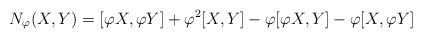
\begin{align*}N_{\varphi}(X,Y)=[\varphi X,\varphi Y]+\varphi^2[X,Y]-\varphi[\varphi X,Y]-\varphi[X,\varphi Y]\end{align*}